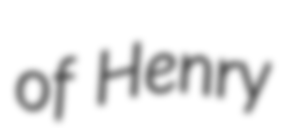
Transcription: of Henry